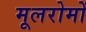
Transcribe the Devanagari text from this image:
मूलरोमों